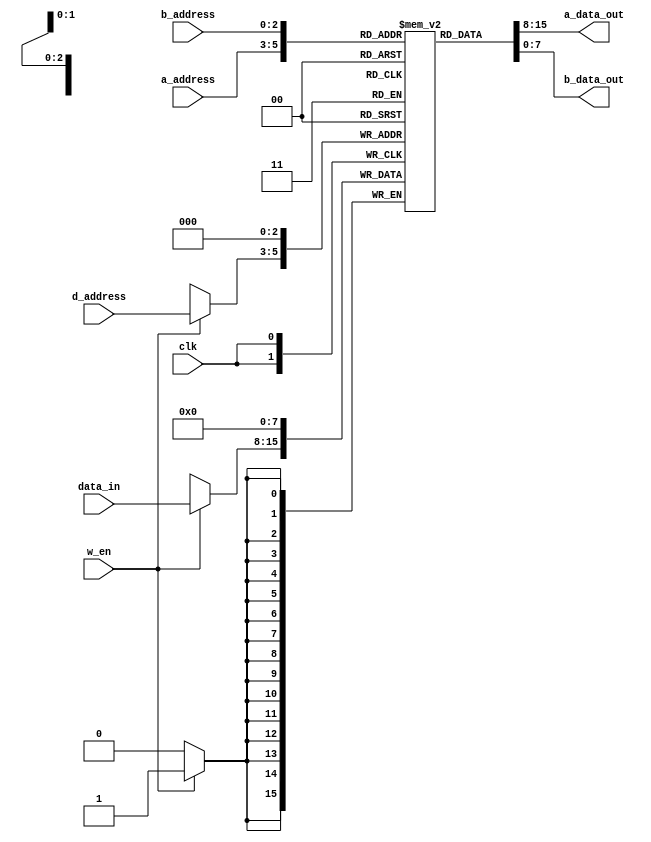
`timescale 1ns / 1ps
//////////////////////////////////////////////////////////////////////////////////
// Company: 
// Engineer: 
// 
// Design Name: 
// Module Name: register
// Project Name: 
// Target Devices: 
// Tool Versions: 
// Description: 
// 
// Dependencies: 
// 
// Revision:
// Revision 0.01 - File Created
// Additional Comments:
// 
//////////////////////////////////////////////////////////////////////////////////


module register(
    input clk,
    input [7:0] data_in,
    input [2:0] a_address,
    input [2:0] b_address,
    input [2:0] d_address,
    input w_en,
    output reg [7:0] a_data_out,
    output reg [7:0] b_data_out
    );
    
parameter DATA_WIDTH = 8;
parameter DEPTH = 8;

reg [DATA_WIDTH-1:0] register [0:DEPTH-1];

always @ (negedge clk)
    begin
        if(w_en)
            begin
                register[3'b000] = 8'b0;
                register[d_address] = data_in;
            end 
            
     end
     always @ (*) begin
     a_data_out = register[a_address];
     b_data_out = register[b_address];    
     end
endmodule